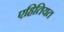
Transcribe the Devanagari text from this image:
एहितियत